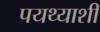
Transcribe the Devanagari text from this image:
पयथ्याशी